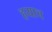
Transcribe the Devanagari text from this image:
हयाच